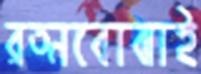
রত্নবোঝাই